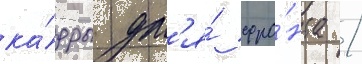
ка́дры дл'я́ фро́нта /